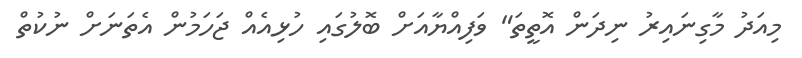
މިއަދު މާގިނައިރު ނިދަން އޮތީތަ" ވަފިއްޔާއަށް ބޮލުގައި ހުޅިއެއް ޖަހަމުން އެތަނަށް ނުކުތް